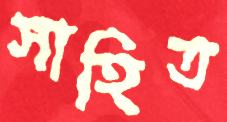
সাহিত